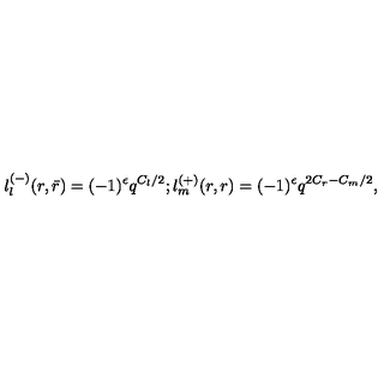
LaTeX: \l _ { l } ^ { ( - ) } ( r , \bar { r } ) = ( - 1 ) ^ { \epsilon } q ^ { C _ { l } / 2 } ; \l _ { m } ^ { ( + ) } ( r , r ) = ( - 1 ) ^ { \epsilon } q ^ { 2 C _ { r } - C _ { m } / 2 } ,